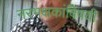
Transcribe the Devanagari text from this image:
नरभक्षकांविषयी